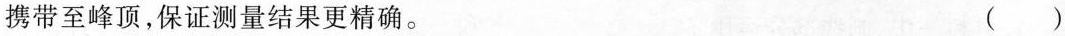
携带至峰顶，保证测量结果更精确。 ()